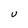
Character: U